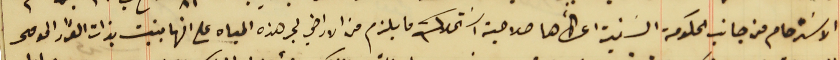
الاسَترحام من جانب الحكومة السَنية اعطأها صلاحية اسَتملاك ما يلزم من الاراضي لجر هذه المياه على انها بنيت بذات القرار المومى